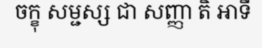
ចក្ខុ សម្ជស្ស ជា សញ្ញា តិ ឤទី